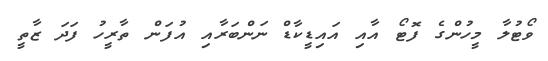
ވޯޓުލާ މީހުންގެ ފޮޓޯ އާއި އައިޑީކާޑް ނަންބަރާއި އުފަން ތާރީހު ފަދަ ޒާތީ